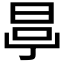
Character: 𣆪